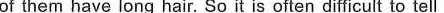
of them have long hair. So it is often difficult to tell